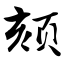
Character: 颏